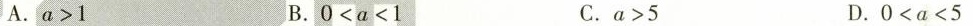
A.$$a > 1$$ B.$$0 < a < 1$$ C.$$a＞5$$ D.$$0 < α < 5$$